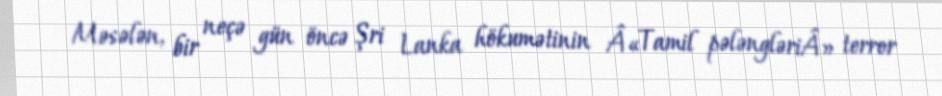
Məsələn, bir neçə gün öncə Şri Lanka hökumətinin Â«Tamil pələngləriÂ» terror